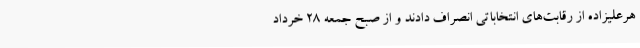
هرعلیزاده از رقابت‌های انتخاباتی انصراف دادند و از صبح جمعه ۲۸ خرداد